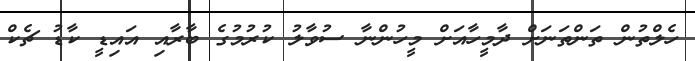
ހެލްތުން ތަންތަނަށް ދާމީހާއަށް މީހުންނާ ސުވާލު ކުރުމުގެ ބާރާއި އައިޑީ ކާޑު ޗެކް